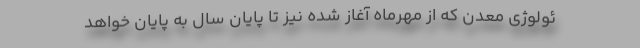
ئولوژی معدن که از مهرماه آغاز شده نیز تا پایان سال به پایان خواهد